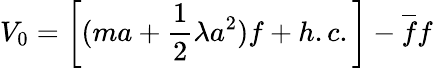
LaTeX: V_{0}=\left[(ma+\frac{1}{2}\lambda a^{2})f+h.c.\right]-\overline{{{f}}}f